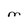
Character: M